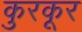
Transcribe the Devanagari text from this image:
कुरकूर